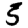
Digit: 5